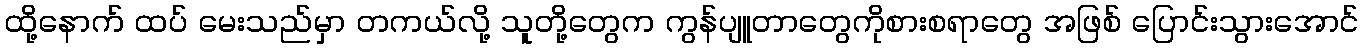
ထို့နောက် ထပ် မေးသည်မှာ တကယ်လို့ သူတို့တွေက ကွန်ပျူတာတွေကိုစားစရာတွေ အဖြစ် ပြောင်းသွားအောင်